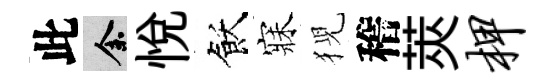
此余悦飫寐猊稽莢柙